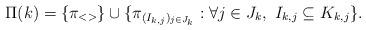
LaTeX: \begin{align*}\Pi(k) = \{\pi_{<>}\}\cup\{\pi_{(I_{k,j})_{j\in J_k}} : \forall j\in J_k,\ I_{k,j}\subseteq K_{k,j}\}.\end{align*}